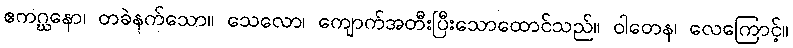
ဧကဂ္ဃနော၊ တခဲနက်သော။ သေလော၊ ကျောက်အတီးပြီးသောထောင်သည်။ ဝါတေန၊ လေကြောင့်။